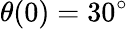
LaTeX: \theta(0)=30^{\circ}